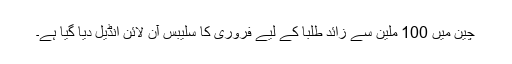
چِین میں 100 ملین سے زائد طلبا کے لیے فروری کا سلیبس آن لائن انڈیل دیا گیا ہے۔